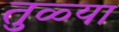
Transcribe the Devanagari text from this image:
तुळ्या